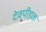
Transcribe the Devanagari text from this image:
देवपीड़क